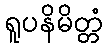
ရူပနိမိတ္တံ